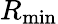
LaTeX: R_{\mathrm{min}}